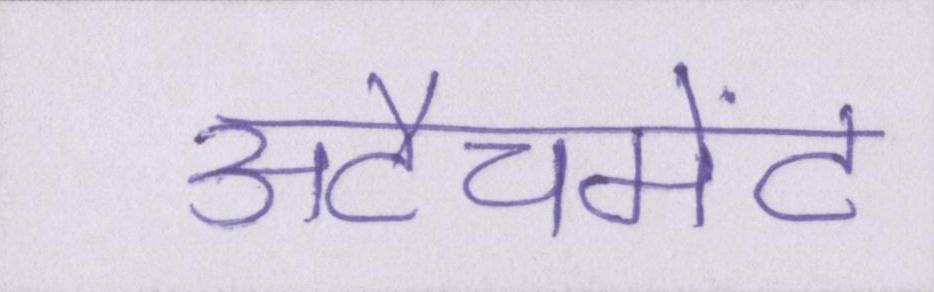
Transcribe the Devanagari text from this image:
अटैचमेंट